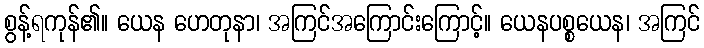
စွန့်ရကုန်၏။ ယေန ဟေတုနာ၊ အကြင်အကြောင်းကြောင့်။ ယေနပစ္စယေန၊ အကြင်